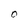
Character: O